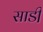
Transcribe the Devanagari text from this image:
साडी़